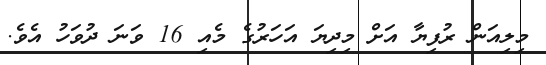
މިލިއަން ރުފިޔާ އަށް މިދިޔަ އަހަރުގެ މެއި 16 ވަނަ ދުވަހު އެވެ.